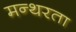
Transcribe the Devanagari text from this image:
मन्थरता